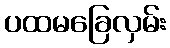
ပထမခြေလှမ်း